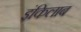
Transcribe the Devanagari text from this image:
इंकिलाब